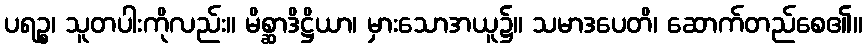
ပရဉ္စ၊ သူတပါးကိုလည်း။ မိစ္ဆာဒိဋ္ဌိယာ၊ မှားသောအယူ၌။ သမာဒပေတိ၊ ဆောက်တည်စေ၏။